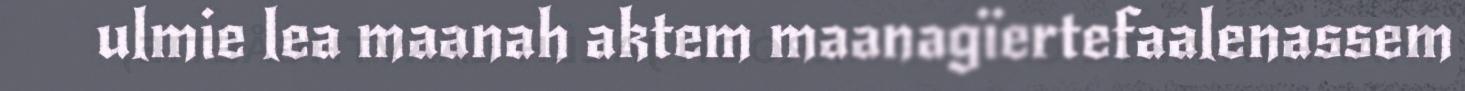
ulmie lea maanah aktem maanagïertefaalenassem